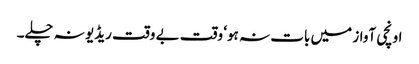
اونچی آواز میں بات نہ ہو‘ وقت بے وقت ریڈیو نہ چلے۔